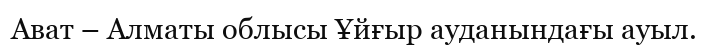
Ават – Алматы облысы Ұйғыр ауданындағы ауыл.